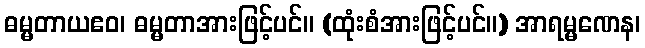
ဓမ္မတာယဧဝ၊ ဓမ္မတာအားဖြင့်ပင်။ (ထုံးစံအားဖြင့်ပင်။) အာရမ္မဏေန၊